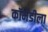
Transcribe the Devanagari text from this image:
कॉमेडीला